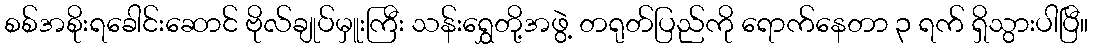
စစ်အစိုးရခေါင်းဆောင် ဗိုလ်ချုပ်မှူးကြီး သန်းရွှေတို့အဖွဲ့ တရုတ်ပြည်ကို ရောက်နေတာ ၃ ရက် ရှိသွားပါပြီ။